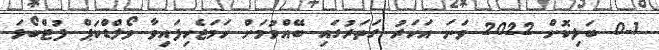
0-1 ބަލިކޮށް 2022 ވަނަ އަހަރު ގަތަރުގައި ބޭއްވުމަށް ހަމަޖެހިފައިވާ ވޯލްޑްކަޕް ފުޓްބޯޅަ